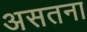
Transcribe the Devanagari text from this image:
असतना